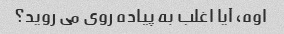
اوه، آیا اغلب به پیاده روی می روید؟